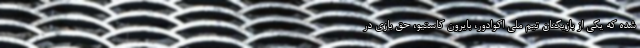
شده که یکی از بازیکنان تیم ملی اکوادور، بایرون کاستیو، حق بازی در